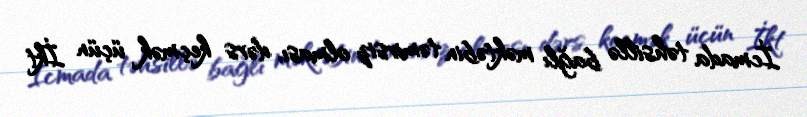
İcmada təhsillə bağlı məktəbin təmirsiz olması, dərs keçmək üçün İkt